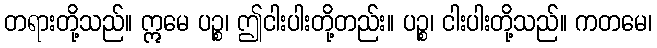
တရားတို့သည်။ ဣမေ ပဉ္စ၊ ဤငါးပါးတို့တည်း။ ပဉ္စ၊ ငါးပါးတို့သည်။ ကတမေ၊